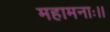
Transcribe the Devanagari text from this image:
महामनाः।।